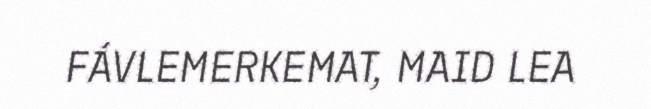
FÁVLEMERKEMAT, MAID LEA